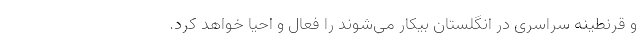
و قرنطینه سراسری در انگلستان بیکار می‌شوند را فعال و احیا خواهد کرد.